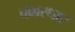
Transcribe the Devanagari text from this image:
चक्करधार